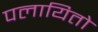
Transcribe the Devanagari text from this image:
पलायितो